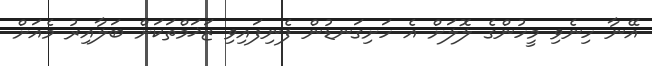
އޭނާ ހިނެވި މީހުންގެ ލޮލަށް އެ ހަށިގަނޑުން ފެނިފައިވި ޒަޚަމްތަކަށް ބަލާއިރު މެއަށް